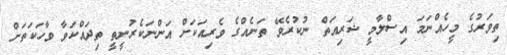
ތިވަރުގެ މީހެއްނަމަ އިސްލާމީ ޝަރިއަތް ނުކުރެވޭ ތަނެއްގެ ވެރިއަކަށް އަންނަކެރުނީތީ ތިދައްކަވާ ވާހަކަތަށް